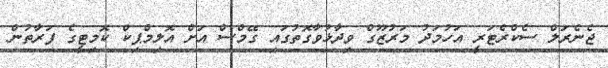
ޖެނެރަލް ސެކްރެޓަރީ އަހުމަދު މަރުޒޫގް ވިދާޅުވާގޮތުގައި ގޭމްސް އަށް އޮލިމްޕިކް ކޮމިޓީގެ ފަރާތުން